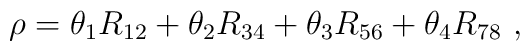
\rho = \theta_1 R_{12} + \theta_2 R_{34} + \theta_3 R_{56} +  \theta_4 R_{78}~,